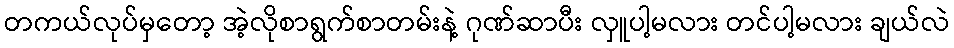
တကယ်လုပ်မှတော့ အဲ့လိုစာရွက်စာတမ်းနဲ့ ဂုဏ်ဆာပီး လှူပါ့မလား တင်ပါ့မလား ချယ်လဲ